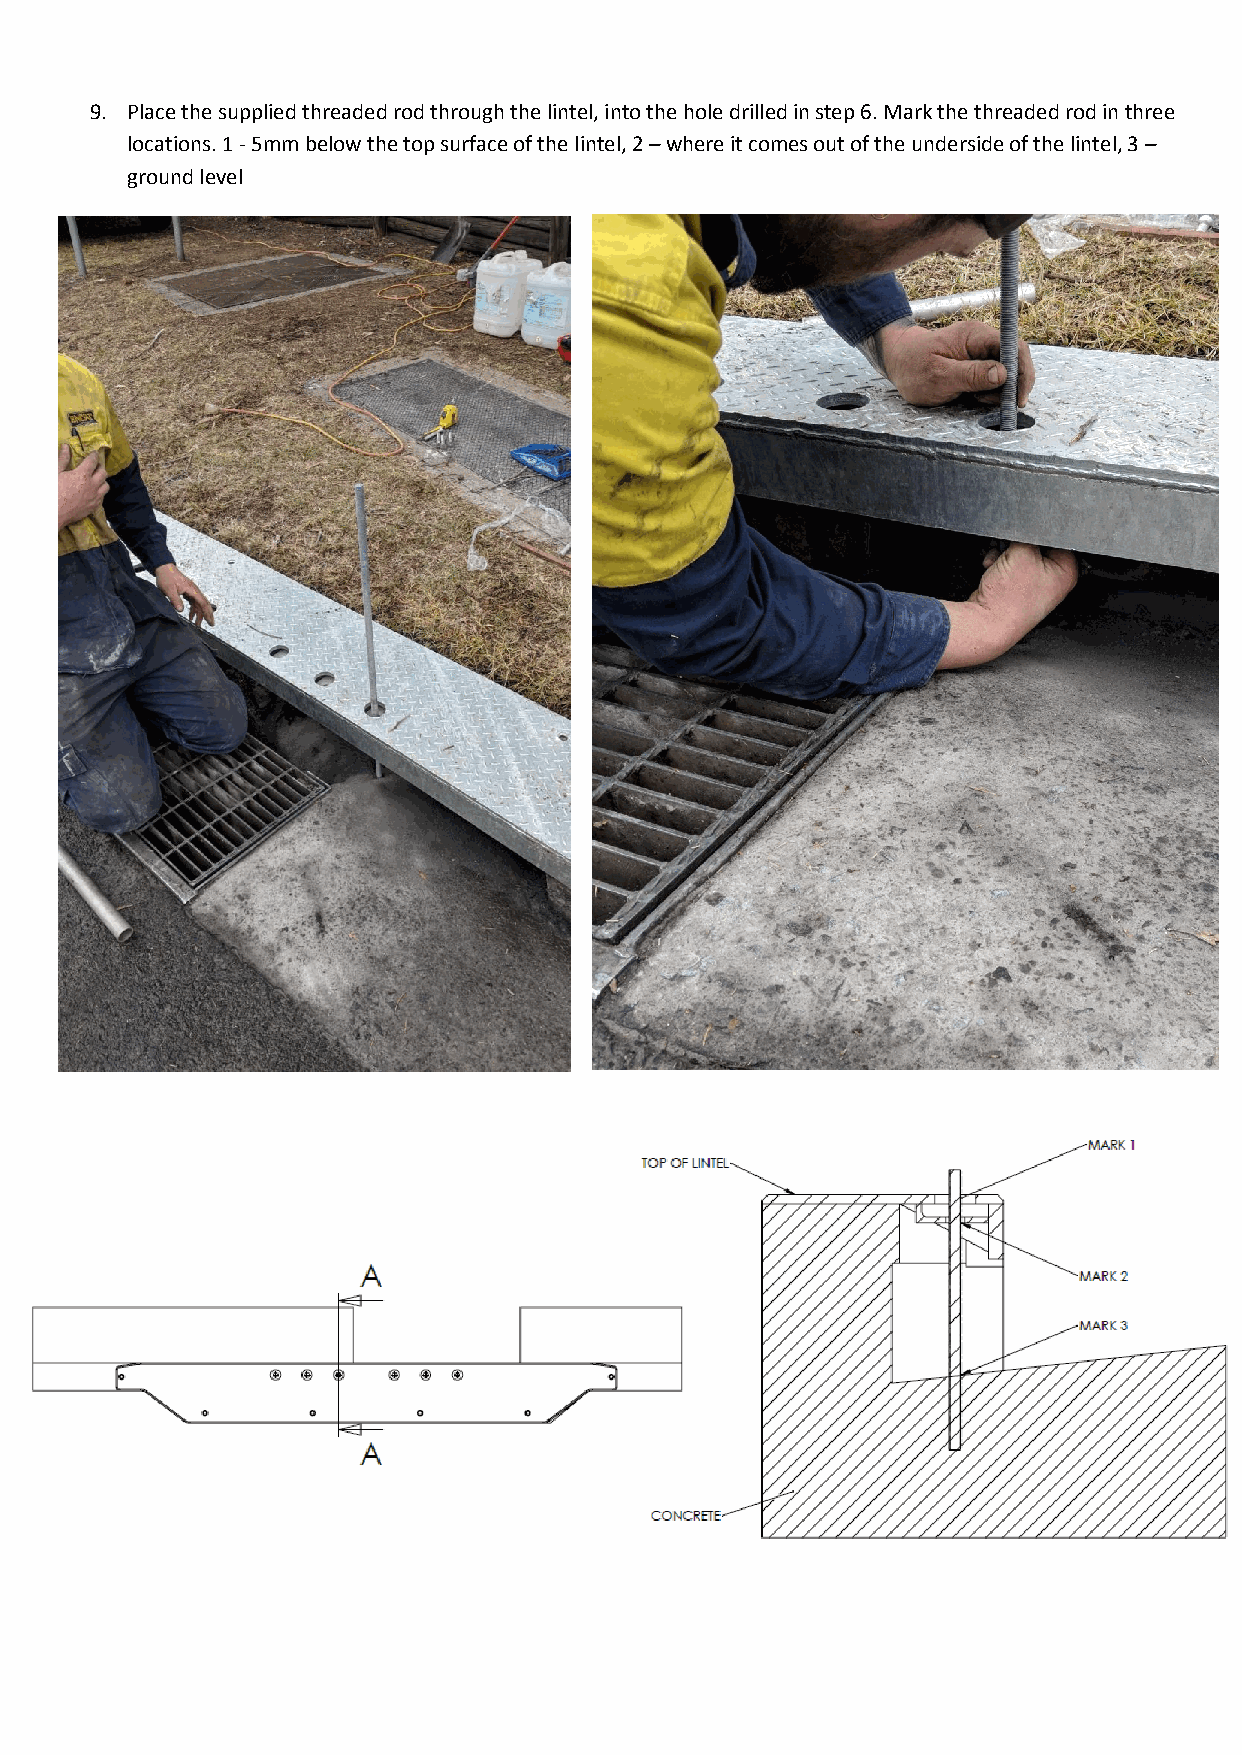
9. Place the supplied threaded rod through the lintel, into the hole drilled in step 6. Mark the threaded rod in three
 locations. 1 - 5mm below the top surface of the lintel, 2 – where it comes out of the underside of the lintel, 3 –
 ground level